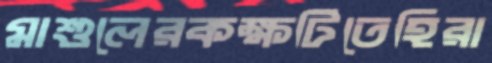
মাশুলেরকক্ষটিতেহিরা